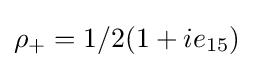
\rho _{+}=1/2(1+ie_{15})